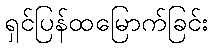
ရှင်ပြန်ထမြောက်ခြင်း